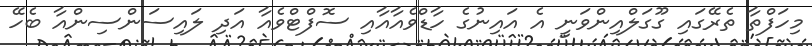
މިހަފްތާ ތެރޭގައި ގޫގަލްއިންވަނީ އެ އައިނުގެ ހާޑްވެއާއާއި ސޮފްޓްވެއާ އަދި ލައިސަންސިންއާ ބެހޭ